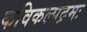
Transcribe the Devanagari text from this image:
कविकल्पद्रमः